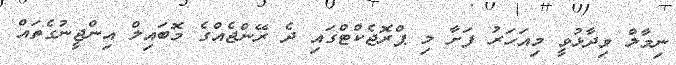
ނިމާލް ވިދާޅުވީ މިއަހަރު ފަށާ މި ޕްރޮޖެކްޓްގައި ދެ ރޭންޖެއްގެ މޮބައިލް އިންޖީނުގެތައް